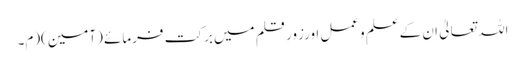
اللہ تعالیٰ ان کےعلم وعمل اورزورِ قلم میں برکت فرمائے (آمین)(م۔